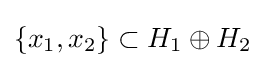
\{x_{1},x_{2}\}\subset H_{1}\oplus H_{2}